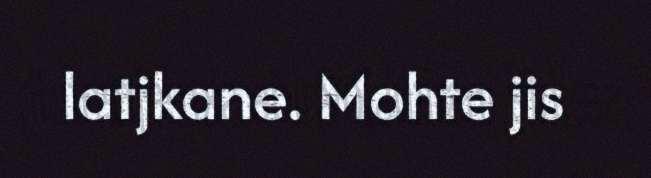
latjkane. Mohte jis